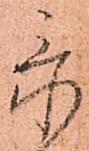
忝